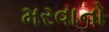
મરવાનો